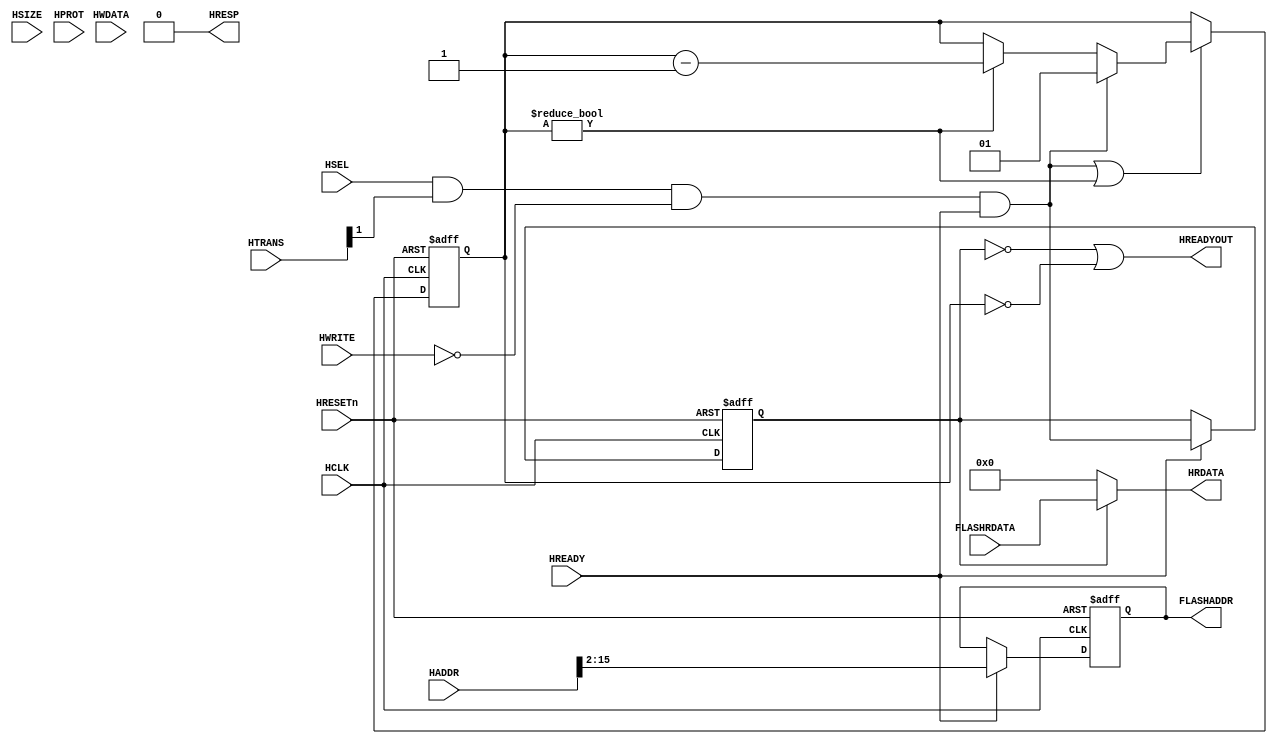
//-----------------------------------------------------------------------------
// The confidential and proprietary information contained in this file may
// only be used by a person authorised under and to the extent permitted
// by a subsisting licensing agreement from ARM Limited.
//
//            (C) COPYRIGHT 2010-2013 ARM Limited.
//                ALL RIGHTS RESERVED
//
// This entire notice must be reproduced on all copies of this file
// and copies of this file may only be made by a person if such person is
// permitted to do so under the terms of a subsisting license agreement
// from ARM Limited.
//
//      SVN Information
//
//      Checked In          : $Date: 2012-11-28 09:44:35 +0000 (Wed, 28 Nov 2012) $
//
//      Revision            : $Revision: 229864 $
//
//      Release Information : Cortex-M System Design Kit-r1p0-00rel0
//
//-----------------------------------------------------------------------------
//-----------------------------------------------------------------------------
// Abstract : Simple 32-bit flash memory interface with wait state support
//-----------------------------------------------------------------------------
module cmsdk_ahb_to_flash32 #(
  // Parameters
  parameter AW       = 16,// Address width
  parameter WS       = 1) // Flash access wait state (0 to 3)
 (
 input  wire          HCLK,    // Clock
 input  wire          HRESETn, // Reset
 input  wire          HSEL,    // Device select
 input  wire [AW-1:0] HADDR,   // Address
 input  wire    [1:0] HTRANS,  // Transfer control
 input  wire    [2:0] HSIZE,   // Transfer size
 input  wire    [3:0] HPROT,   // Protection
 input  wire          HWRITE,  // Write control
 input  wire   [31:0] HWDATA,  // Write data - not used
 input  wire          HREADY,  // Transfer phase done
 output wire          HREADYOUT, // Device ready
 output wire   [31:0] HRDATA,  // Read data output
 output wire          HRESP,   // Device response (always OKAY)

 output wire [AW-3:0] FLASHADDR, // Flash address
 input  wire   [31:0] FLASHRDATA);  // Flash read data

// Internal signals
wire          read_valid;     // Address phase read valid
reg           read_enable;    // Data phase read enable
reg  [AW-3:0] reg_addr1;      // Address registered in data phase

// Flash wait state control
wire          flash_read_done;      // flash read data is valid
reg    [1:0]  flash_wait_counter;   // wait state counter
wire   [1:0]  nxt_flash_wait_counter;   // Next wait state counter

wire   [1:0]  ws_cfg;

// wait state settings
assign ws_cfg = WS;

// Generate read control (address phase)
assign read_valid  = HSEL & HTRANS[1] & (~HWRITE) & HREADY;

// Registering control signals to data phase
always @(posedge HCLK or negedge HRESETn)
begin
  if (~HRESETn)
    begin
    read_enable    <= 1'b0;
    reg_addr1      <= {(AW-2){1'b0}};
    end
  else if (HREADY)
    begin
    read_enable    <= read_valid;
    reg_addr1      <= HADDR[AW-1:2];
    end
end

// Connect sample address to top level
assign FLASHADDR = reg_addr1[AW-3:0];

// flash wait state
// - if address has been changed, then counter set to ws_cfg
// - else decrement until zero
assign nxt_flash_wait_counter = (read_valid) ? ws_cfg :
  ((flash_wait_counter!= {2{1'b0}}) ? (flash_wait_counter - 1'b1) :
                               flash_wait_counter);

// Register wait state counter
always @(posedge HCLK or negedge HRESETn)
begin
  if (~HRESETn)
    flash_wait_counter    <= {2{1'b0}};
  else if (read_valid | (flash_wait_counter != 0))
    flash_wait_counter    <= nxt_flash_wait_counter;
end

assign flash_read_done = (flash_wait_counter == 0);
assign HREADYOUT = (~read_enable) | flash_read_done;
assign HRESP     = 1'b0;
assign HRDATA    = (read_enable) ? FLASHRDATA : {32{1'b0}};

`ifdef ARM_AHB_ASSERT_ON
   // ------------------------------------------------------------
   // Assertions
   // ------------------------------------------------------------
`include "std_ovl_defines.h"

  // Create signal to indicate data phase
  reg        ovl_ahb_data_phase_reg;
  wire       ovl_ahb_data_phase_nxt = HSEL & HTRANS[1];

  always @(posedge HCLK or negedge HRESETn)
  begin
  if (~HRESETn)
    ovl_ahb_data_phase_reg <= 1'b0;
  else if (HREADY)
    ovl_ahb_data_phase_reg <= ovl_ahb_data_phase_nxt;
  end

  //  Wait state counter should be 0 if it is not reading
   assert_never
     #(`OVL_ERROR,`OVL_ASSERT,
       "Wait state counter should be 0 when idle")
   u_ovl_counter_idle
     (.clk(HCLK), .reset_n(HRESETn),
      .test_expr((~ovl_ahb_data_phase_reg) & (|flash_wait_counter))
      );

  // HREADYOUT should be 1 if idle
   assert_never
     #(`OVL_ERROR,`OVL_ASSERT,
       "HREADYOUT should be 1 when idle")
   u_ovl_hreadyout_idle
     (.clk(HCLK), .reset_n(HRESETn),
      .test_expr((~ovl_ahb_data_phase_reg) & (~HREADYOUT))
      );

  // WS should be ranged from 0 to 3
   assert_never
     #(`OVL_ERROR,`OVL_ASSERT,
       "WS should be ranged from 0 to 3")
   u_ovl_ws_config_check
     (.clk(HCLK), .reset_n(HRESETn),
      .test_expr(WS > 3)
      );

  // HREADYOUT should be valid after WS+1 cycle
    assert_next
    #(`OVL_ERROR, WS+1,1,0,
      `OVL_ASSERT,
       "HREADYOUT should be valid after WS+1 cycle for READ transaction"
      )
    u_ovl_hreadyout_check
    (.clk         ( HCLK ),
     .reset_n     (HRESETn),
     .start_event (HTRANS[1] & HSEL & (~HWRITE) & HREADY
                   ),
     .test_expr   ( HREADYOUT == 1'b1
                   )
     );

  //  Wait state configuration should be ranged from 0 to 3
   assert_never
     #(`OVL_FATAL,`OVL_ASSERT,
       "Wait state configuration should be ranged from 0 to 3")
   u_ovl_waitstate_cfg
     (.clk(HCLK), .reset_n(HRESETn),
      .test_expr(WS>3)
      );

`endif

endmodule